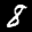
Label: 8